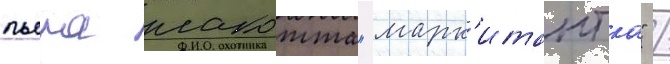
пьера лакотта "марк'итантка" /